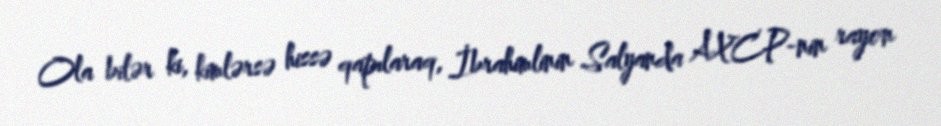
Ola bilər ki, kimlərsə hissə qapılaraq, İbrahimlinin Salyanda AXCP-nin rayon